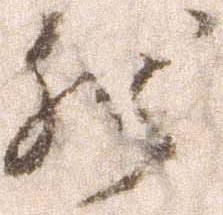
然